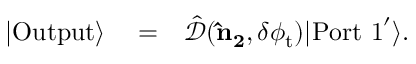
\begin{array} { r l r } { | \mathrm { O u t p u t } \rangle } & { { } = } & { \hat { \mathcal { D } } ( { \bf \hat { n } _ { 2 } } , \delta \phi _ { \mathrm { t } } ) | \mathrm { P o r t \ 1 } ^ { \prime } \rangle . } \end{array}